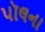
પૉલના